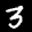
Label: 3